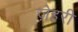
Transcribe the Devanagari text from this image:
ज़ेहरी